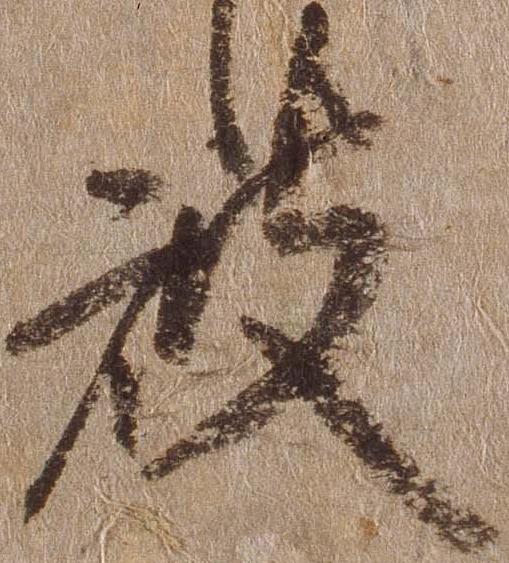
被